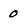
Character: 0